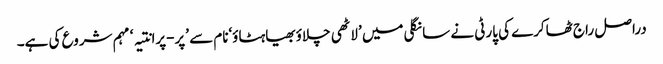
دراصل راج ٹھاکرے کی پارٹی نے سانگلی میں ’لاٹھی چلاؤبھیاہٹاؤ‘نام سے ’پر-پرانتیہ‘ مہم شروع کی ہے۔